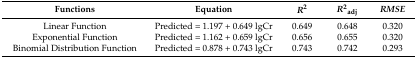
| Functions | Equation | R2 | R2adj | RMSE |
 | --- | --- | --- | --- | --- |
 | Linear Function | Predicted = 1.197 + 0.649 lgCr | 0.649 | 0.648 | 0.320 |
 | Exponential Function | Predicted = 1.162 + 0.659 lgCr | 0.656 | 0.655 | 0.320 |
 | Binomial Distribution Function | Predicted = 0.878 + 0.743 lgCr | 0.743 | 0.742 | 0.293 |